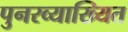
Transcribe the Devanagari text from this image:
पुनरव्याख्यित